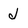
Character: J